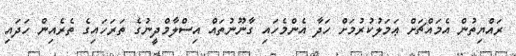
ރައްޔިތުން އެމައްޗަށް ޢަމަލުކުރުމަށް ހަދާ އެންމެހައި ގާނޫނުތައް އިސްލާމްދީނުގެ ތަރަހައިގެ ތެރެއިން ހަދައި